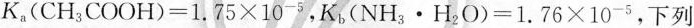
$$K_{a}(CH_{3}COOH)=1.75\times 10^{-5}$$，$$K_{b}(NH_{3}\cdot H_{2}O)=1.76\times 10^{-5}$$，下列